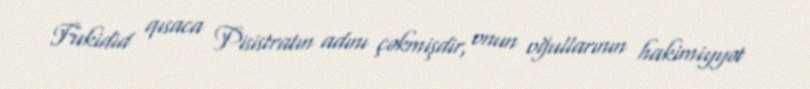
Fukidid qısaca Pisistratın adını çəkmişdir, onun oğullarının hakimiyyət